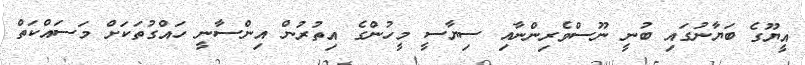
އީޔޫގެ ބަޔާނުގައި ބުނީ ނޫސްވެރިންނާއި ސިޔާސީ މީހުންގެ އިތުރުން އިންސާނީ ހައްގުތަކަށް މަސައްކަތް